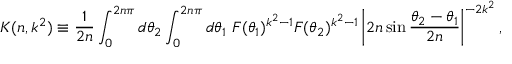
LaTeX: K ( n , k ^ { 2 } ) \equiv \frac { 1 } { 2 n } \int _ { 0 } ^ { 2 n \pi } d \theta _ { 2 } \int _ { 0 } ^ { 2 n \pi } d \theta _ { 1 } ~ { \cal F } ( \theta _ { 1 } ) ^ { k ^ { 2 } - 1 } { \cal F } ( \theta _ { 2 } ) ^ { k ^ { 2 } - 1 } \left| 2 n \sin \frac { \theta _ { 2 } - \theta _ { 1 } } { 2 n } \right| ^ { - 2 k ^ { 2 } } ,